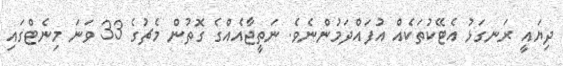
ދިޔައީ ރަނގަޅު އެޓޭކުތަކެއް އުފައްދަމުންނެވެ. ނަތީޖާއެއްގެ ގޮތުން މެޗުގެ 33 ވަނަ މިނެޓްގައި